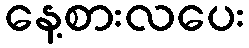
နေ့စားလပေး